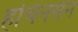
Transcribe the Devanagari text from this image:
हचिनसन